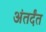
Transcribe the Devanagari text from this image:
अंतर्दंत